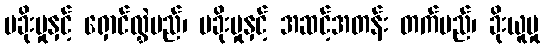
မခိုးမှုနှင့် ရှောင်လွှဲမည်၊ မခိုးမှုနှင့် အဆင့်အတန်း တက်မည်၊ ခိုးယူမှု